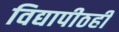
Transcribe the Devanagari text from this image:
विद्यापीठही